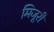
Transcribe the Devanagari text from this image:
मिजूरी